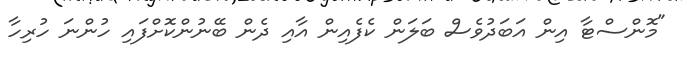
"މޮންސްޓާ އިން އަބަދުވެސް ބަލަން ކެފެއިން އާއި ދެން ބޭނުންކޮށްފައި ހުންނަ ހުރިހާ